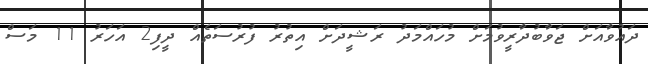
ދައުވާއަށް ޖަވާބުދާރީވުމަށް މުހައްމަދު ރަޝީދަށް އިތުރު ފުރުސަތެއް ދީފި2 އަހަރު 11 މަސް